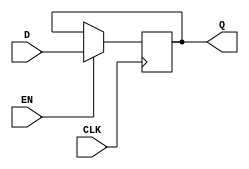
module d_latch (
    input D, 
    input EN, 
    input CLK, 
    output reg Q
);

reg internal_Q;

always @(posedge CLK) begin
    if (EN) begin
        internal_Q <= D;
    end
end

always @(*) begin
    Q = internal_Q;
end

endmodule